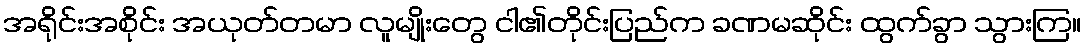
အရိုင်းအစိုင်း အယုတ်တမာ လူမျိုးတွေ ငါ၏တိုင်းပြည်က ခဏမဆိုင်း ထွက်ခွာ သွားကြ။